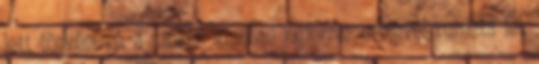
lett törvénnyé, a szokás azonban jogforrás erejével ruházta fel,